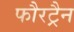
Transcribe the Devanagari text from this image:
फौरट्रैन